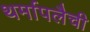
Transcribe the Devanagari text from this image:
थर्मापलैची